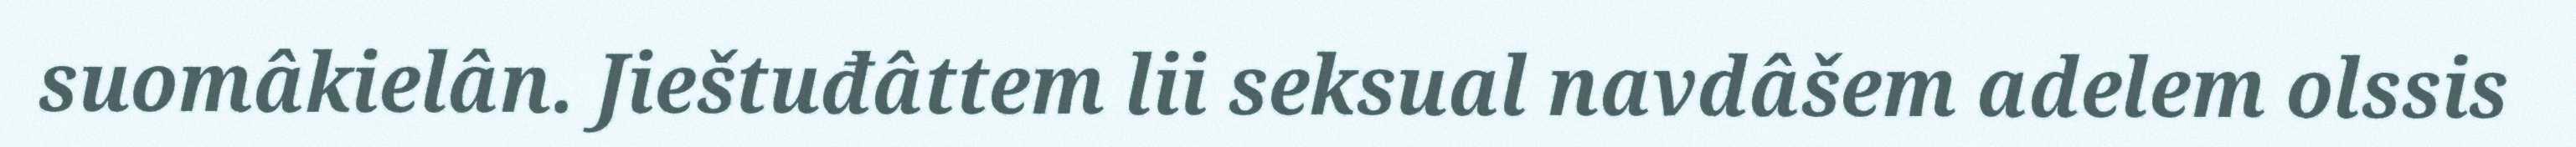
suomâkielân. Jieštuđâttem lii seksual navdâšem adelem olssis